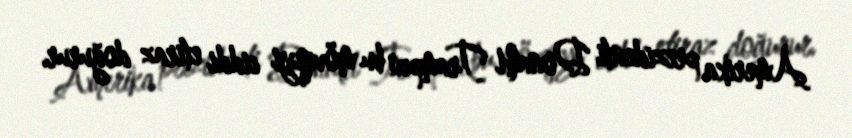
Amerika prezidenti Donald Trampın bu mövqeyi ciddi etiraz doğurur.